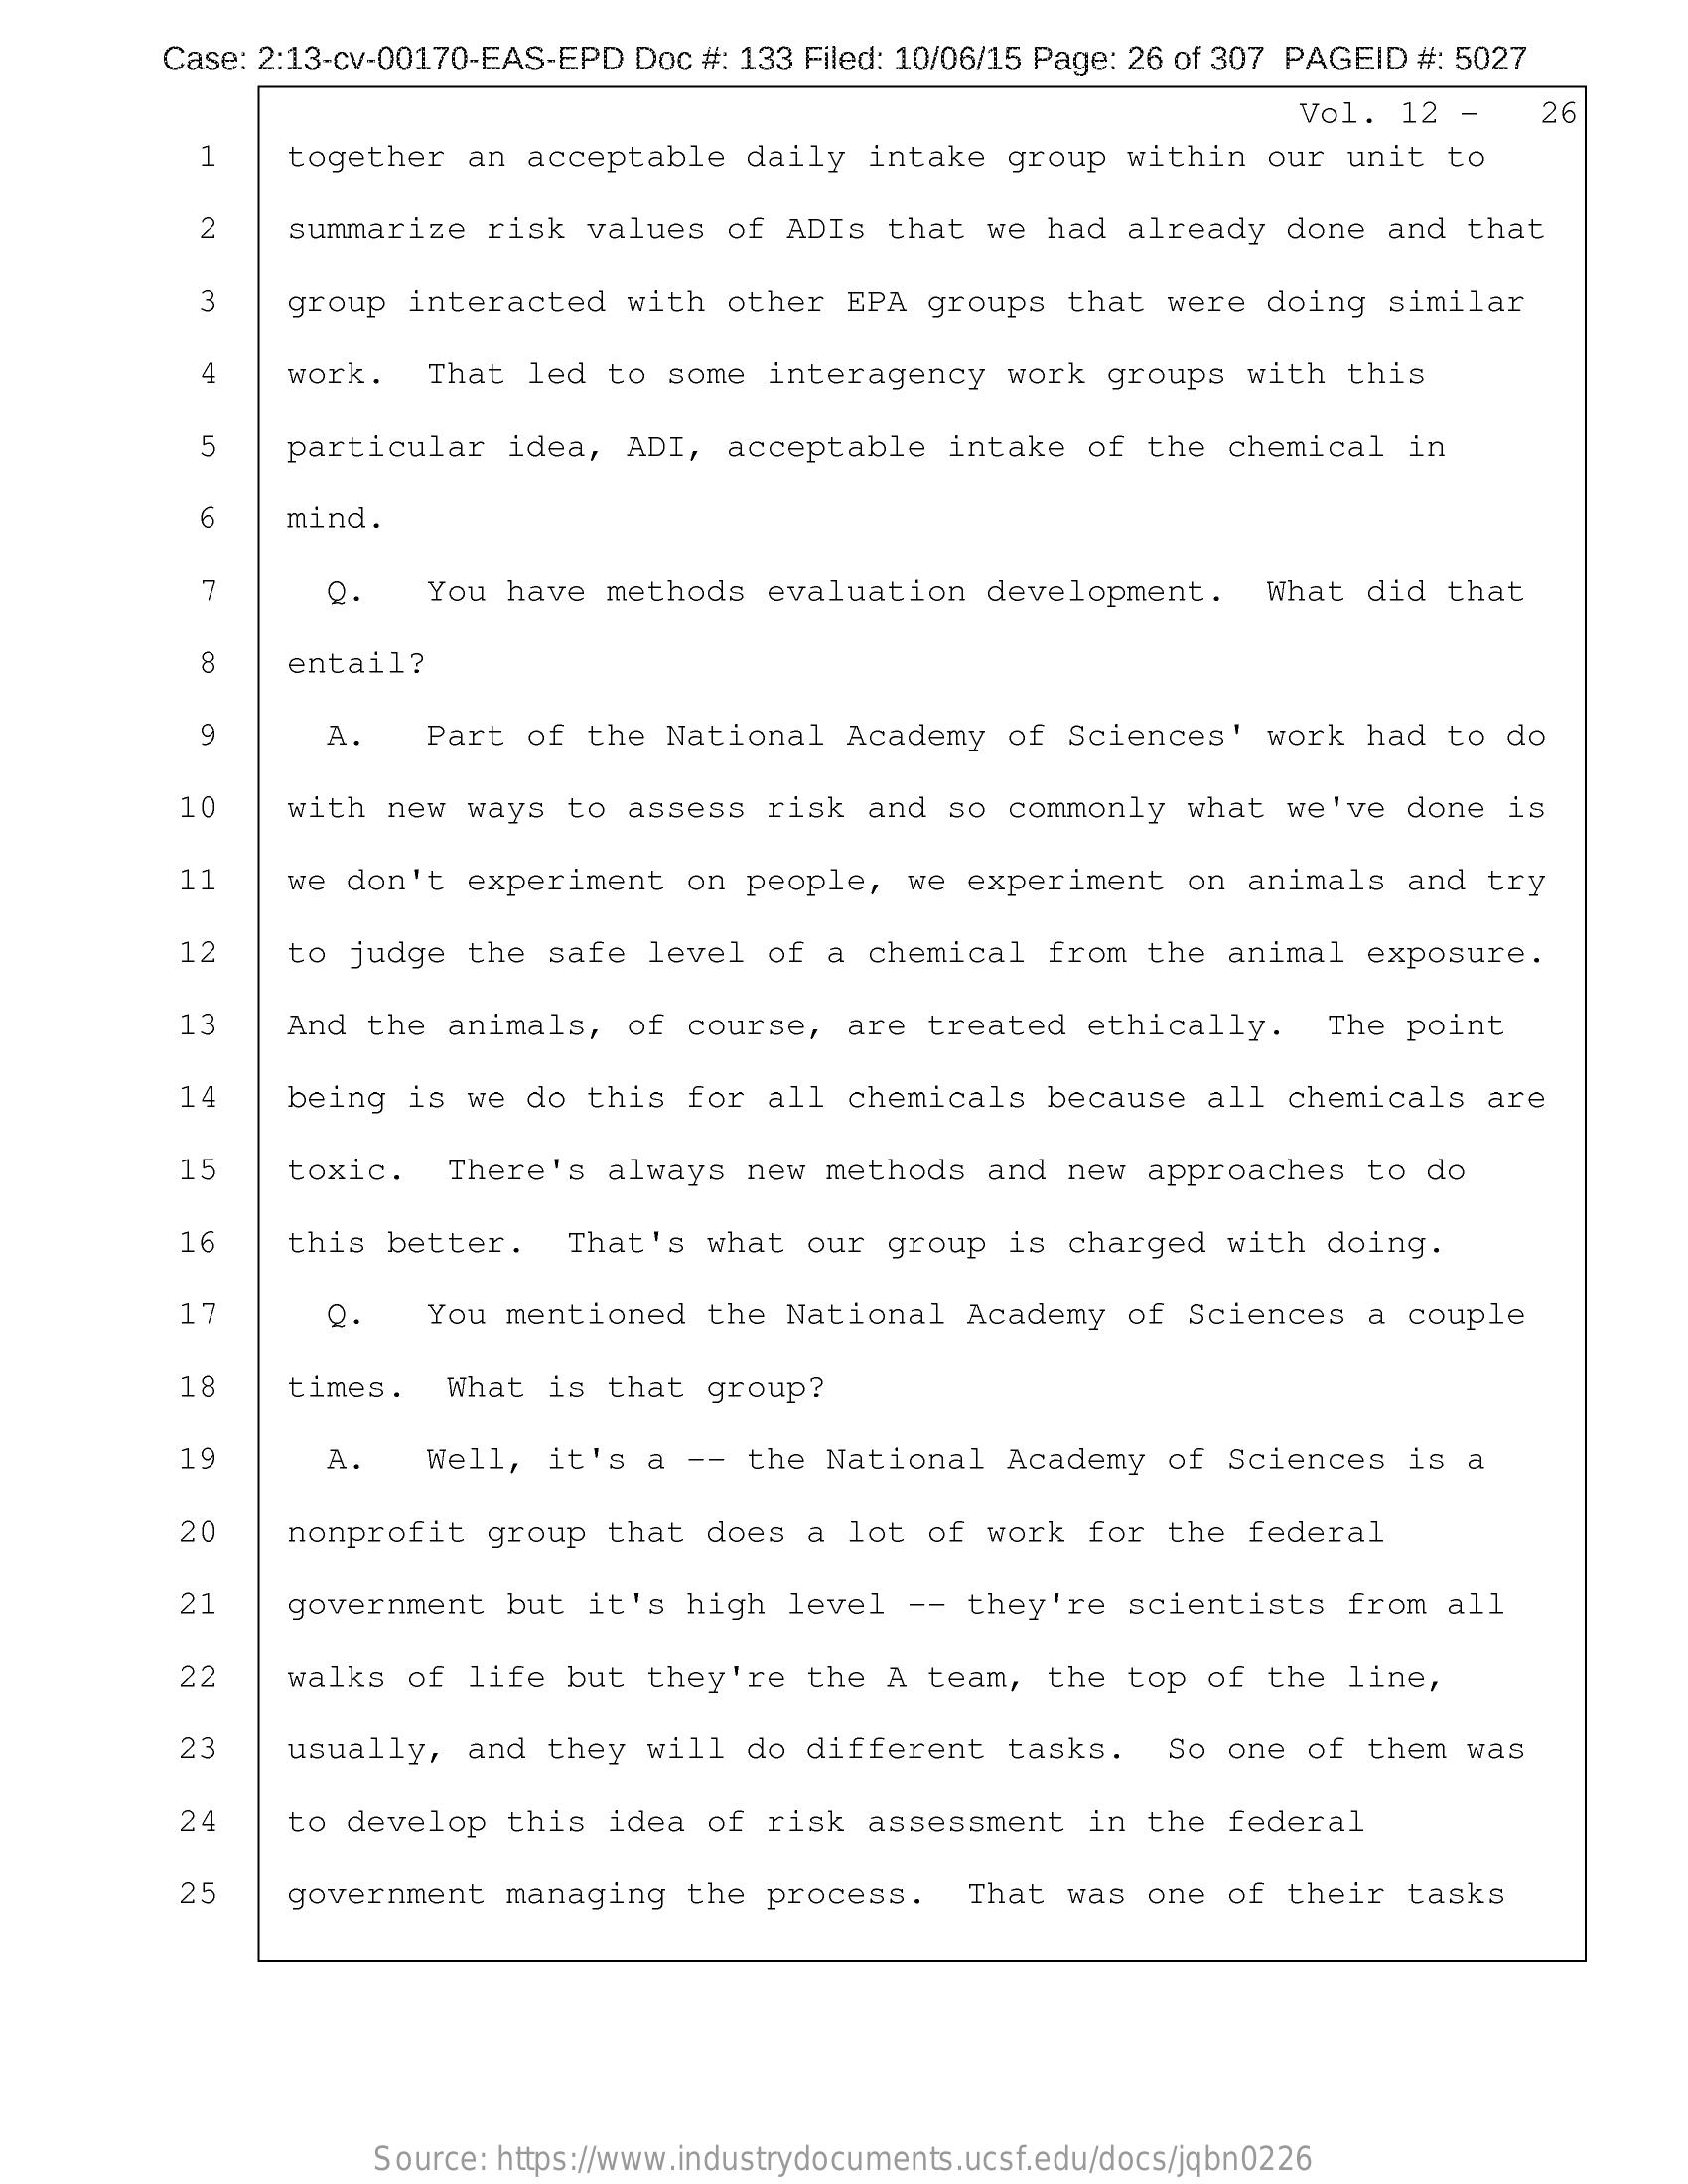
Case: 2:13-cv-00170-EAS-EPD Doc #: 133 Filed: 10/06/15 Page: 26 of 307 PAGEID #: 5027
     Vol. 12 -    26
     together  an acceptable daily  intake group  within our unit to
     2    summarize risk values of  ADIs that we had  already done and that
     3    group interacted with other  EPA groups that  were doing similar
     4    work.  That led to some  interagency work groups  with this
     5   particular  idea, ADI, acceptable  intake of  the chemical in
     6   mind.
     7    Q.   You have methods  evaluation development.   What did that
     8    entail?
     9    A.   Part of the National  Academy of Sciences'  work had to do
     10   with new  ways to assess risk  and so commonly  what we've done  is
     11   we don't  experiment on people,  we experiment  on animals and  try
     12   to judge  the safe level of  a chemical from the  animal exposure.
     13   And the  animals, of course,  are treated ethically.   The point
     14   being  is we do this for  all chemicals because  all chemicals  are
     15    toxic.  There's always new methods  and new  approaches to do
     16    this better.  That's what  our group is charged  with doing.
     17    Q.   You mentioned the National  Academy  of Sciences a couple
     18    times.  What is that group?
     19    A.   Well, it's a --  the National Academy  of Sciences is a
     20   nonprofit  group that does  a lot of work for  the federal
     21   government  but it's high  level -- they're  scientists from all
     22   walks of  life but they're  the A team, the top  of the line,
     23   usually,  and they will do  different tasks.   So one of them was
     24    to develop this idea of risk  assessment in  the federal
     25   government  managing the  process.  That was one  of their tasks
     Source: https://www.industrydocuments.ucsf.edu/docs/jqbn0226